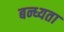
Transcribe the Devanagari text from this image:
बन्ध्यता